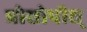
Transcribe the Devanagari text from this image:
प्रोसोपीस्